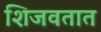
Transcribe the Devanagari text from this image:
शिजवतात